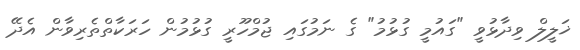
ޚަލީލް ވިދާޅުވީ "ގައުމީ ގުޅުމު" ގެ ނަމުގައި ޖުމްހޫރީ ގުޅުމުން ހަރަކާތްތެރިވާން އެދޭ